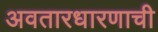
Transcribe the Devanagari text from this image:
अवतारधारणाची